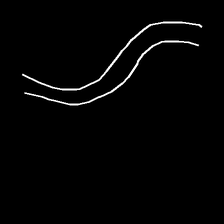
Glyph: float